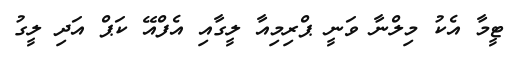
ޓީމާ އެކު މިލްނާ ވަނީ ޕްރިމިއާ ލީގާއި އެފްއޭ ކަޕް އަދި ލީގު